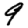
Digit: 9